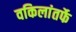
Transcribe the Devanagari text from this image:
वकिलांतर्फे